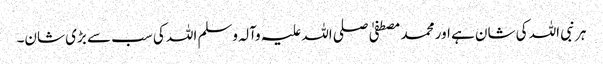
ہر نبی اللہ کی شان ہے اور محمد مصطفیٰ صلی اللہ علیہ وآلہ وسلم اللہ کی سب سے بڑی شان۔